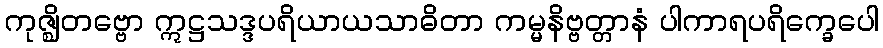
ကုဇ္ဈိတဗ္ဗော ဣဋ္ဌသဒ္ဒပရိယာယသာဓိတာ ကမ္မနိဗ္ဗတ္တာနံ ပါကာရပရိက္ခေပေါ